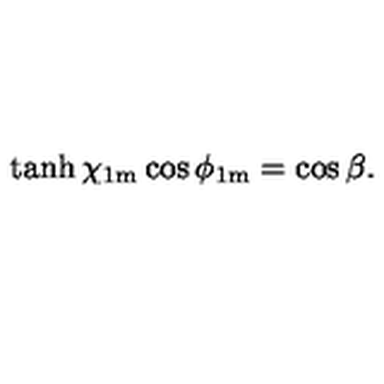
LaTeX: \tanh \chi _ { \mathrm { 1 m } } \cos \phi _ { \mathrm { 1 m } } = \cos \beta .